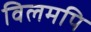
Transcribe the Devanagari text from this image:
विलमपि